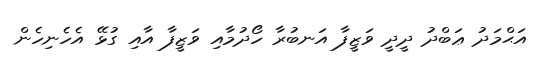
އަޙްމަދު ޢަބްދު ދީދީ ވަޒީފާ އަނބުރާ ހޯދުމާއި ވަޒީފާ އާއި ގުޅޭ އެހެނިހެން